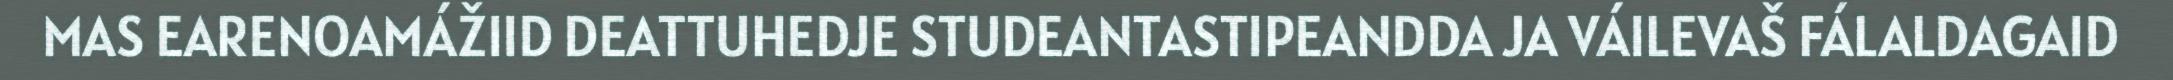
MAS EARENOAMÁŽIID DEATTUHEDJE STUDEANTASTIPEANDDA JA VÁILEVAŠ FÁLALDAGAID